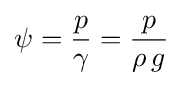
\psi ={\frac {p}{\gamma }}={\frac {p}{\rho \,g}}